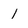
Character: 1